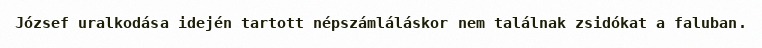
József uralkodása idején tartott népszámláláskor nem találnak zsidókat a faluban.